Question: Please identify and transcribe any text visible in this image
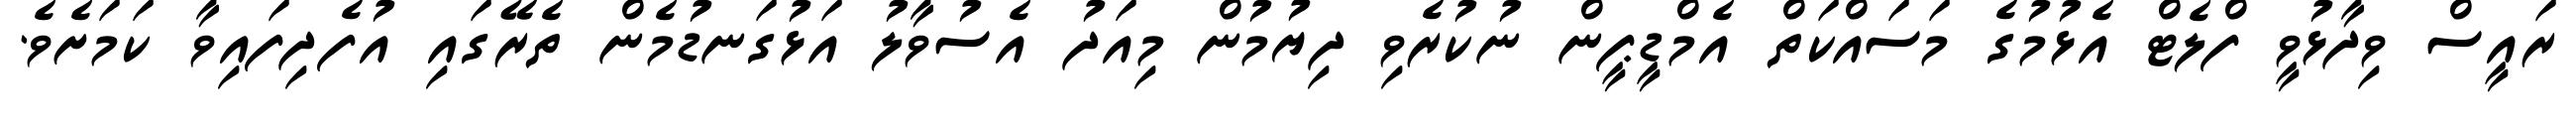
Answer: ރައީސް ވިދާޅުވީ ފްލެޓް އެޅުމުގެ މަސައްކަތް އެމްޑީޕީން ނުކުރެވި ދިޔުމުން މިއަދު އެސުވާލު އަޅުގަނޑުމެން ތެރޭގައި އުފެދިފައިވާ ކަމަށެވެ.